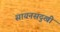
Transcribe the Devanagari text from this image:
सायनसदुखी